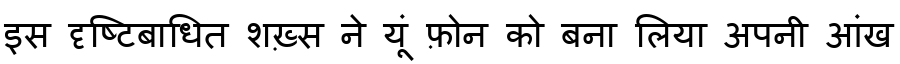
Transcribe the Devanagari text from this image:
इस दृष्टिबाधित शख़्स ने यूं फ़ोन को बना लिया अपनी आंख